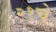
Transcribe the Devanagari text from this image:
२१चे